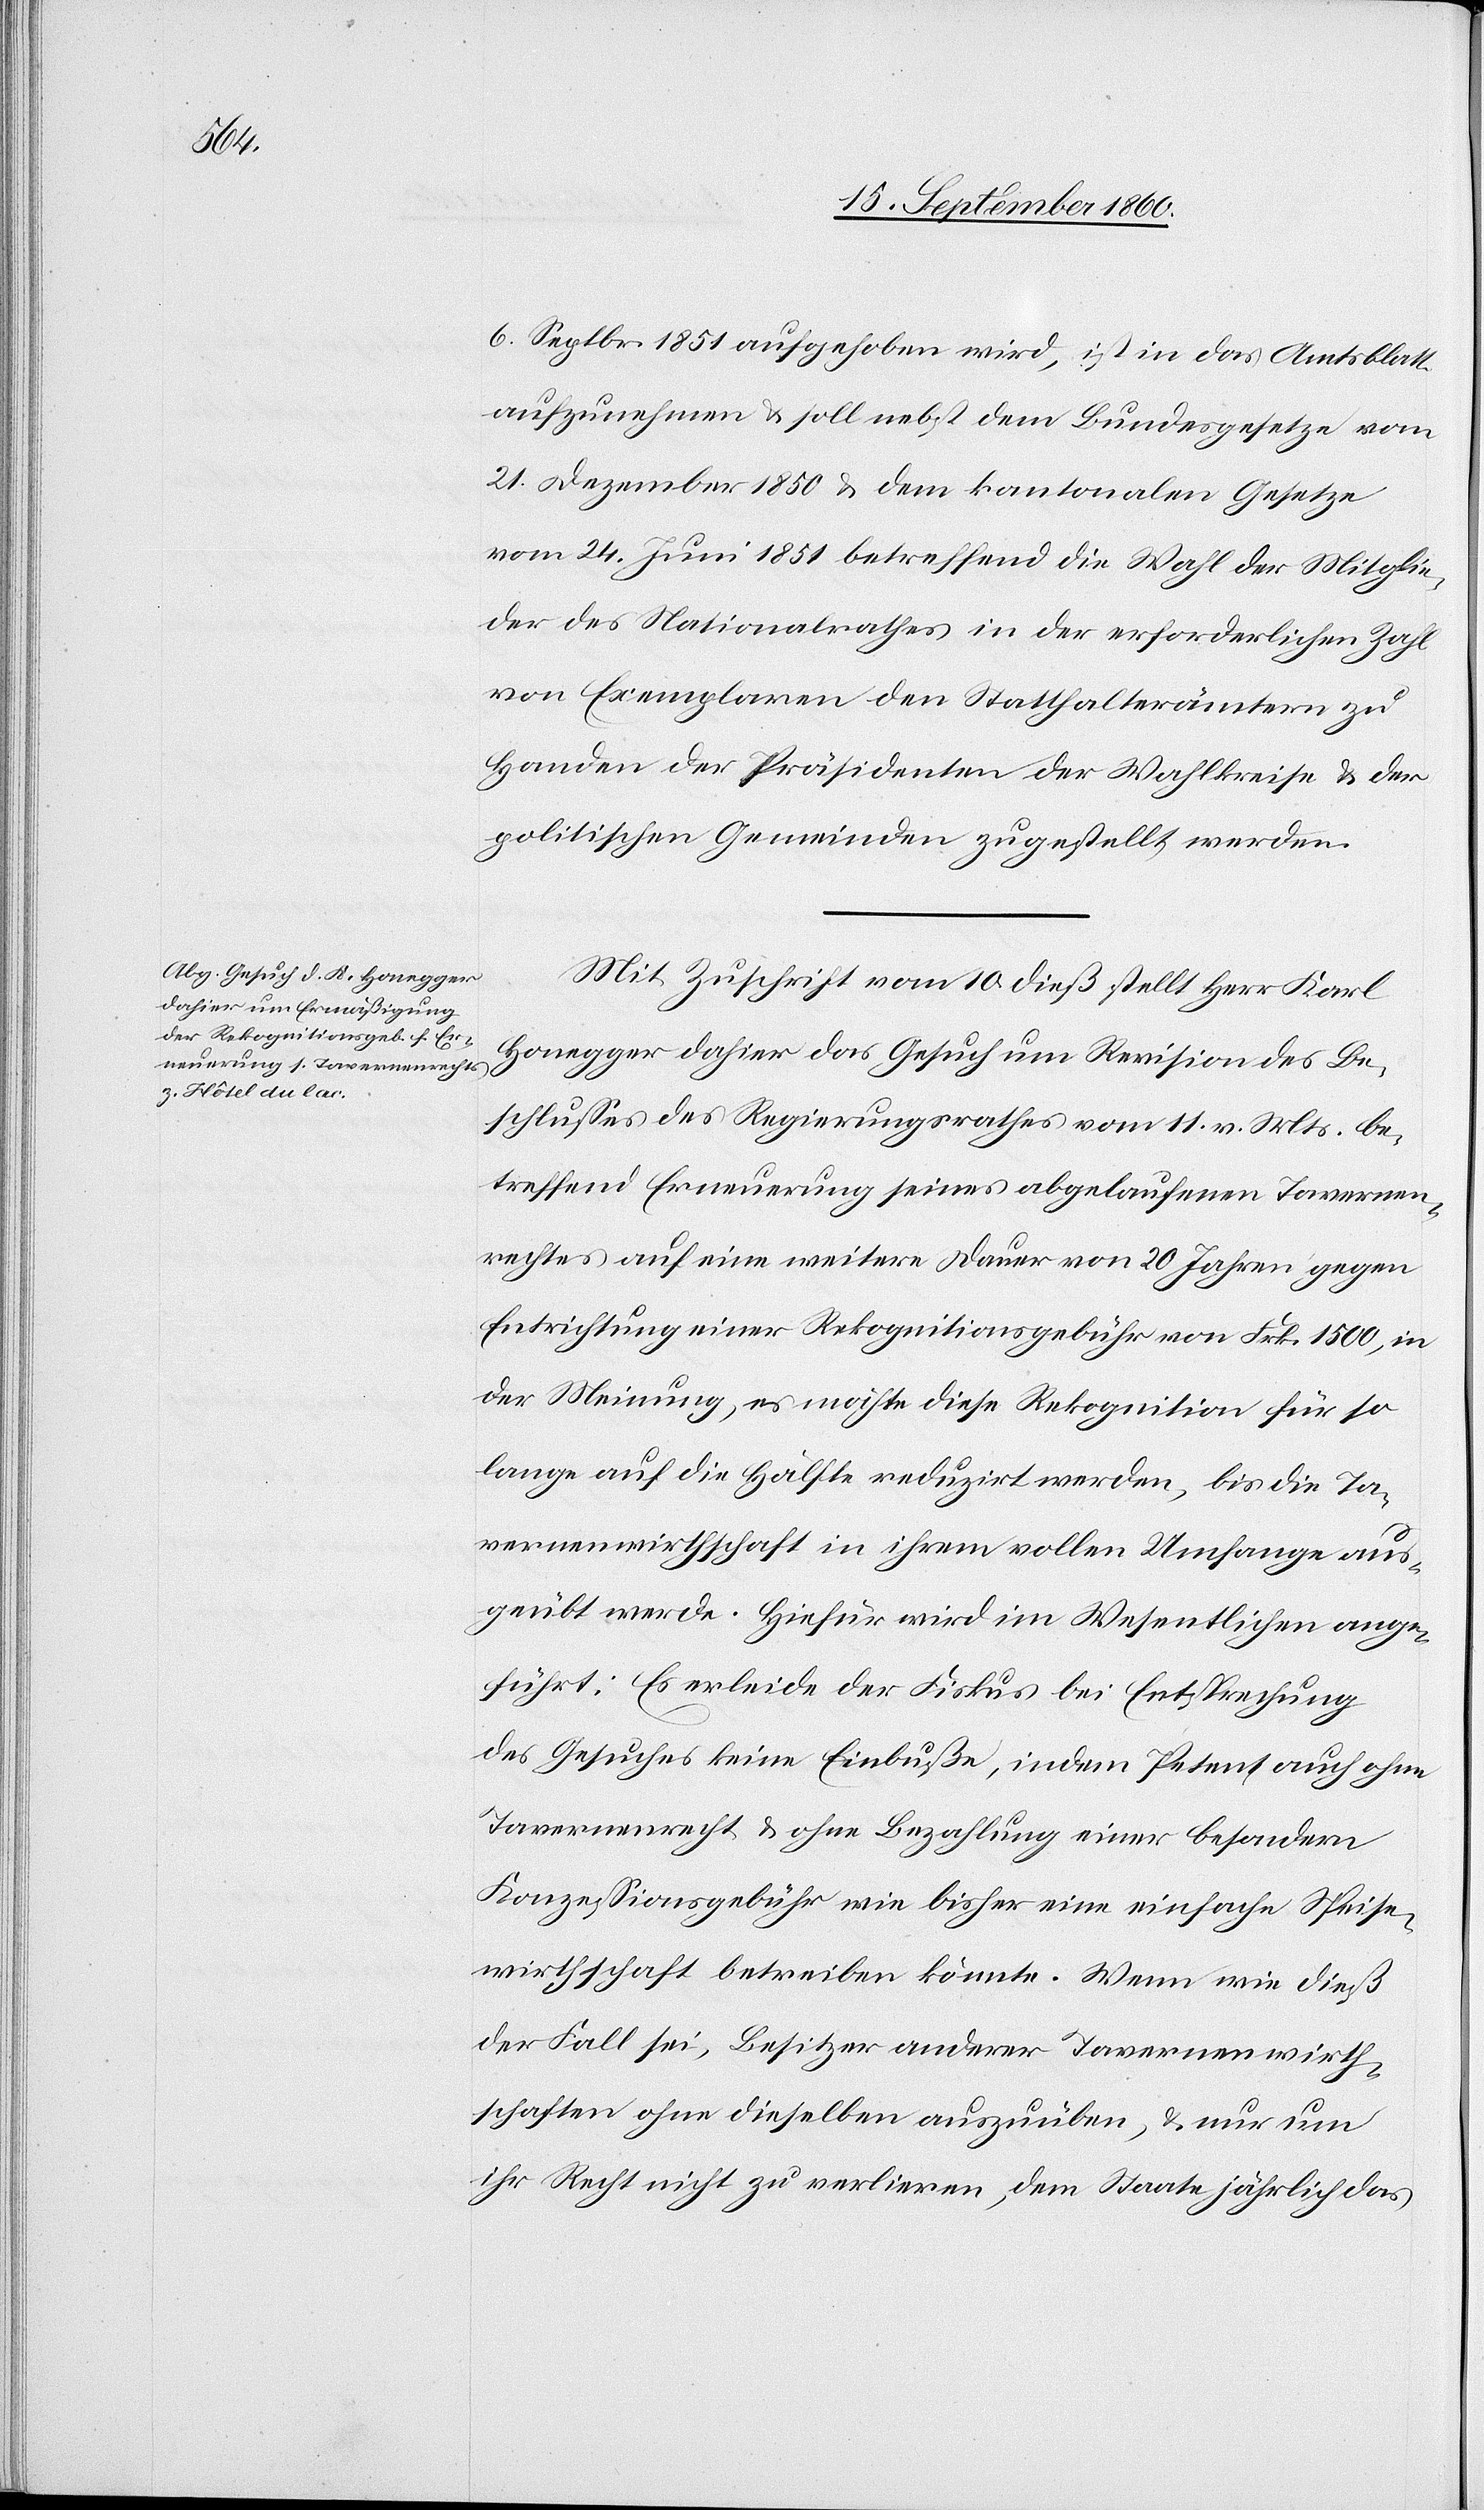
6. Septbr. 1851 aufgehoben wird, ist in das Amtsblatt
aufzunehmen u. soll nebst dem Bundesgesetze vom
21. Dezember 1850 u. dem kantonalen Gesetze
vom 24. Juni 1851 betreffend die Wahl der Mitglie¬
der des Nationalrathes in der erforderlichen Zahl
von Exemplaren den Statthalterämtern zu
Handen der Präsidenten der Wahlkreise u. der
politischen Gemeinden zugestellt werden.
Mit Zuschrift vom 10. dieß stellt Herr Karl
Honegger dahier das Gesuch um Revision des Be¬
schlusses des Regierungsrathes vom 11. v. Mts. be¬
treffend Erneuerung seines abgelaufenen Tavernen¬
rechtes auf eine weitere Dauer von 20 Jahren gegen
Entrichtung einer Rekognitionsgebühr von Frk. 1500, in
der Meinung, es möchte diese Rekognition für so
lange auf die Hälfte reduzirt werden, bis die Ta¬
vernenwirthschaft in ihrem vollen Umfange aus¬
geübt werde. Hiefür wird im Wesentlichen ange¬
führt: Es erleide der Fiskus bei Entsprechung
des Gesuches keine Einbuße, indem Petent auch ohne
Tavernenrecht u. ohne Bezahlung einer besondern
Konzessionsgebühr wie bisher eine einfache Speise¬
wirthschaft betreiben könnte. Wenn wie dieß
der Fall sei, Besitzer anderer Tavernenwirth¬
schaften ohne dieselben auszuüben, u. nur um
ihr Recht nicht zu verlieren, dem Staate jährlich das